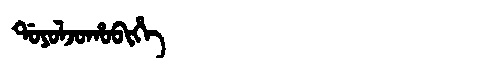
Manchu: ᡩᠣᠶᠣᠯᠵᠣᡥᠣᠪᡳᡥᡝ
Romanization: DOYOLJOHOBIHE